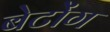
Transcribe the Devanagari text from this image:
बेटोंग